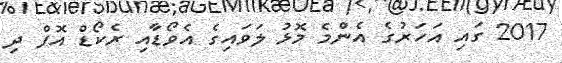
2017 ގައި އަހަރުގެ އެންމެ މޮޅު ލަވައިގެ އެވޯޑާއި ރެކޯޑް އޮފް ދި